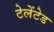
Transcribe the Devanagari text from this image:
टेलेंटेड